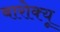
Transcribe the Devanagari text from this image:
बारोक्यू